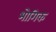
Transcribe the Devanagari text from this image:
भोगिक